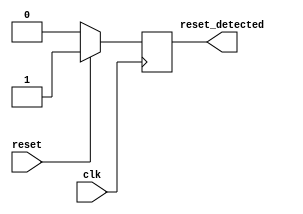
module sync_reset_detector (
    input wire clk,           // System clock signal
    input wire reset,         // Active high reset signal
    output reg reset_detected  // Output indicating reset has been detected
);

// Synchronous reset detection logic
always @(posedge clk) begin
    if (reset) begin
        reset_detected <= 1'b1; // Assert reset_detected if reset is high
    end else begin
        reset_detected <= 1'b0; // Deassert reset_detected if reset is low
    end
end

endmodule